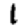
Digit: 1